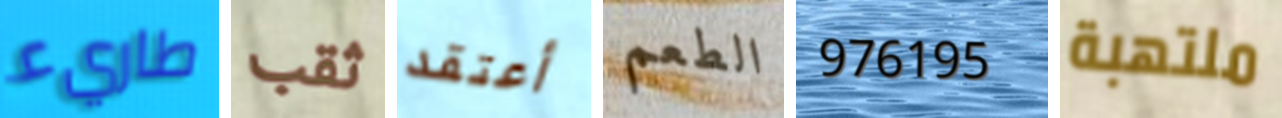
طاريء ثقب أعتقد الطعم 976195 ملتهبة